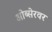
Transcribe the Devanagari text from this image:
ओब्सेरवर